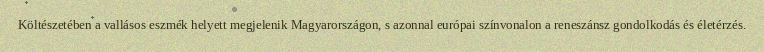
Költészetében a vallásos eszmék helyett megjelenik Magyarországon, s azonnal európai színvonalon a reneszánsz gondolkodás és életérzés.